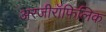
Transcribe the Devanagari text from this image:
अरजीरॉफिलिक